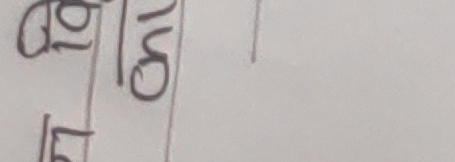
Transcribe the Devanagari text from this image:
चिनो १६।